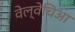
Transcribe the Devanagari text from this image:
वेल्वेचिआ